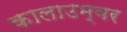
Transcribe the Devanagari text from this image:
कालाउम्बर